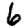
Digit: 6